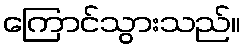
ကြောင်သွားသည်။